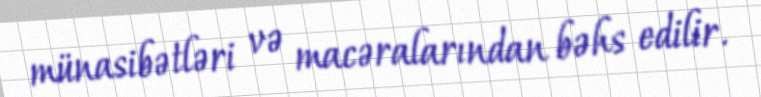
münasibətləri və macəralarından bəhs edilir.